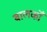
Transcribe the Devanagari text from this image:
बालकोँ